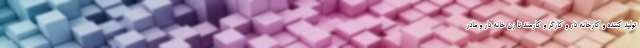
تولید کننده و کارخانه دار و کارگر و کارمند تا زن خانه دار و مادر